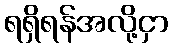
ရရှိရန်အလို့ငှာ